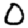
Digit: 0